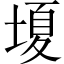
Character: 𡏘